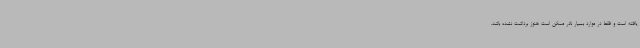
یافته است و فقط در موارد بسیار نادر ممکن است هنوز برداشت نشده باشد.